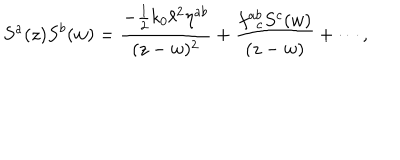
LaTeX: S ^ { a } ( z ) S ^ { b } ( w ) = \frac { - \frac { 1 } { 2 } k _ { 0 } \ell ^ { 2 } \eta ^ { a b } } { ( z - w ) ^ { 2 } } + \frac { f _ { ~ ~ c } ^ { a b } S ^ { c } ( w ) } { ( z - w ) } + \cdots ,